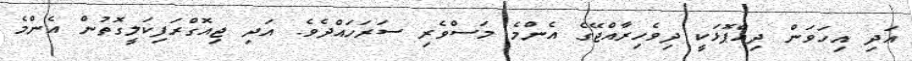
އަދި އިހަވަން ދިއްޕޮޅަކީ ދިވެހިރާއްޖޭގެ އެންމެ މަސްވެރި ސަރަހައްދެވެ. އަދި ޖިއޮގްރަފިކަލީގޮތުން އެންމެ